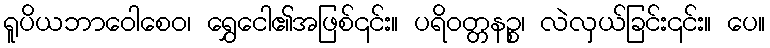
ရူပိယဘာဝေါစေဝ၊ ရွှေငေါ၏အဖြစ်၎င်း။ ပရိဝတ္တနဉ္စ၊ လဲလှယ်ခြင်း၎င်း။ ပေ။